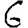
Digit: 6